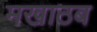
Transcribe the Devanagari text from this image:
मखाठब